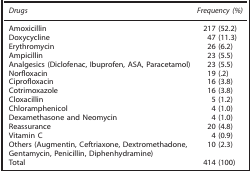
| Drugs | Frequency (%) |
 | --- | --- |
 | Amoxicillin | 217 (52.2) |
 | Doxycycline | 47 (11.3) |
 | Erythromycin | 26 (6.2) |
 | Ampicillin | 23 (5.5) |
 | Analgesics (Diclofenac, Ibuprofen, ASA, Paracetamol) | 23 (5.5) |
 | Norfloxacin | 19 (.2) |
 | Ciprofloxacin | 16 (3.8) |
 | Cotrimoxazole | 16 (3.8) |
 | Cloxacillin | 5 (1.2) |
 | Chloramphenicol | 4 (1.0) |
 | Dexamethasone and Neomycin | 4 (1.0) |
 | Reassurance | 20 (4.8) |
 | Vitamin C | 4 (0.9) |
 | Others (Augmentin, Ceftriaxone, Dextromethadone, Gentamycin, Penicillin, Diphenhydramine) | 10 (2.3) |
 | Total | 414 (100) |